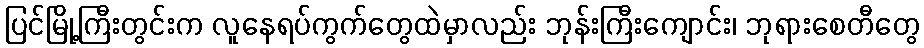
ပြင်မြို့ကြီးတွင်းက လူနေရပ်ကွက်တွေထဲမှာလည်း ဘုန်းကြီးကျောင်း၊ ဘုရားစေတီတွေ